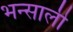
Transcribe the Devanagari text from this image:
भन्साली